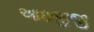
આઇજીજી